Civil Veterinary Department Bengal reports 1923-33 - 1923-1933
Year: 1923
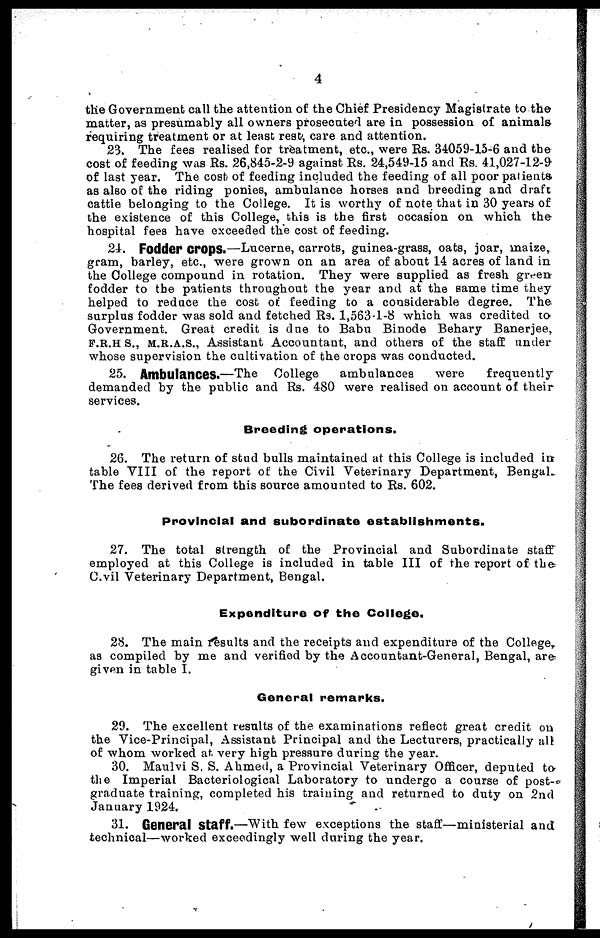
4
the Government call the attention of the Chief Presidency Magistrate to the
matter, as presumably all owners prosecuted are in possession of animals-
requiring treatment or at least rest, care and attention.
23. The fees realised for treatment, etc., were Rs. 34059-15-6 and the
cost of feeding was Rs. 26, 845-2-9 against Rs. 24,549-15 and Rs. 41,027-12-9
of last year. The cost of feeding included the feeding of all poor patients,
as also of the riding ponies, ambulance horses and breeding and draft
cattle belonging to the College. It is worthy of note that in 30 years of
the existence of this College, this is the first occasion on which the
hospital fees have exceeded the cost of feeding.
21. Fodder crops.—Lucerne, carrots, guinea-grass, oats, joar, maize,
gram, barley, etc., were grown on an area of about 14 acres of land in
the College compound in rotation. They were supplied as fresh given
fodder to the patients throughout the year and at the same time they
helped to reduce the cost of. feeding to a considerable degree. The
surplus fodder was sold and fetched Rs. 1,563-1-8 which was credited to
Government. Great credit is due to Babu Binode Behary Banerjee,
F.R.H.S., M.R.A.S., Assistant Accountant, and others of the staff under
whose supervision the cultivation of the crops was conducted.
25. Ambulances.—The College
ambulances
were
frequently
demanded by the public and Rs. 480 were realised on account of their
services.
Breeding operations.
26. The return of stud bulls maintained at this College is included in
table VIII of the report of the Civil Veterinary Department, Bengal.
The fees derived from this source amounted to Rs. 602.
Provincial and subordinate establishments.
27. The total strength of the Provincial and Subordinate staff
employed at this College is included in table III of the report of the
Civil Veterinary Department, Bengal.
Expenditure of the College.
28. The main results and the receipts and expenditure of the College,
as compiled by me and verified by the Accountant-General, Bengal, are
given in table I.
General remarks.
29. The excellent results of the examinations reflect great credit on
the Vice-Principal, Assistant Principal and the Lecturers, practically all
of whom worked at. very high pressure during the year.
30. Maulvi S. S. Ahmed, a Provincial Veterinary Officer, deputed to
the Imperial Bacteriological Laboratory to undergo a course of post-»
graduate training, completed his training and returned to duty on 2nd
January 1924.
31. General Staff.—With few exceptions the staff—ministerial and
technical—worked exceedingly well during the year.